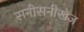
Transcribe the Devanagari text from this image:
सनीसनीखेज